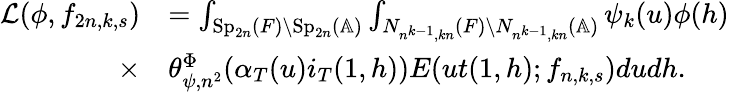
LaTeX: \begin{array}{rl}{\mathcal{L}(\phi,f_{2n,k,s})}&{=\int_{\mathrm{Sp}_{2n}(F)\backslash\mathrm{Sp}_{2n}(\mathbb{A})}\int_{N_{n^{k-1},kn}(F)\backslash N_{n^{k-1},kn}(\mathbb{A})}\psi_{k}(u)\phi(h)}\\ {\times}&{\theta_{\psi,n^{2}}^{\Phi}(\alpha_{T}(u)i_{T}(1,h))E(ut(1,h);f_{n,k,s})dudh.}\end{array}